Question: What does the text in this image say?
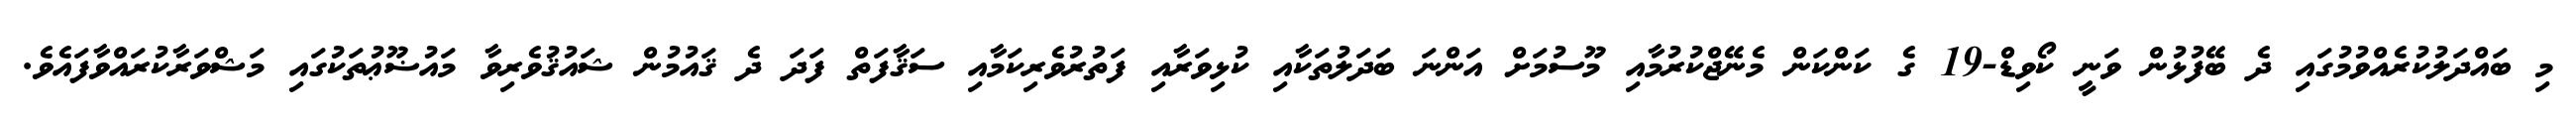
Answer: މި ބައްދަލުކުރެއްވުމުގައި ދެ ބޭފުޅުން ވަނީ ކޯވިޑް-19 ގެ ކަންކަން މެނޭޖްކުރުމާއި މޫސުމަށް އަންނަ ބަދަލުތަކާއި ކުޅިވަރާއި ފަތުރުވެރިކަމާއި ސަޤާފަތް ފަދަ ދެ ޤައުމުން ޝައުޤުވެރިވާ މައުޟޫޢުތަކުގައި މަޝްވަރާކުރައްވާފައެވެ.